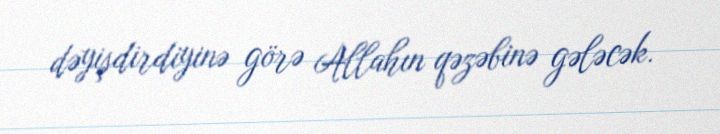
dəyişdirdiyinə görə Allahın qəzəbinə gələcək.